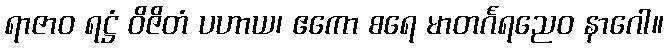
ရာဇာဝ ရဋ္ဌံ ဝိဇိတံ ပဟာယ၊ ဧကော စရေ မာတင်္ဂရညေဝ နာဂေါ။